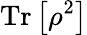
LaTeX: \operatorname{Tr}\left[\rho^{2}\right]